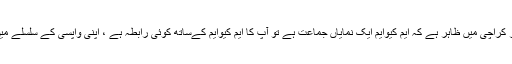
اور کراچی میں ظاہر ہے کہ ایم کیوایم ایک نمایاں جماعت ہے تو آپ کا ایم کیوایم کےساتھ کوئی رابطہ ہے ، اپنی واپسی کے سلسلے میں؟